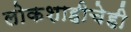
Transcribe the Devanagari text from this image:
लोकशाहीचेही